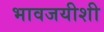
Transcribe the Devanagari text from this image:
भावजयीशी